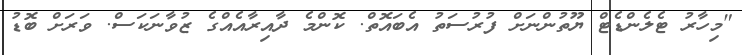
"މިހާރު ޓެލެންޑެޓް ޔޫތުންނަށް ފުރުސަތު އެބައޮތް. ކޮންމެ ދާއިރާއެއްގެ ޒުވާނަކަސް. ވަރަށް ބޮޑު